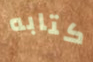
كتابه